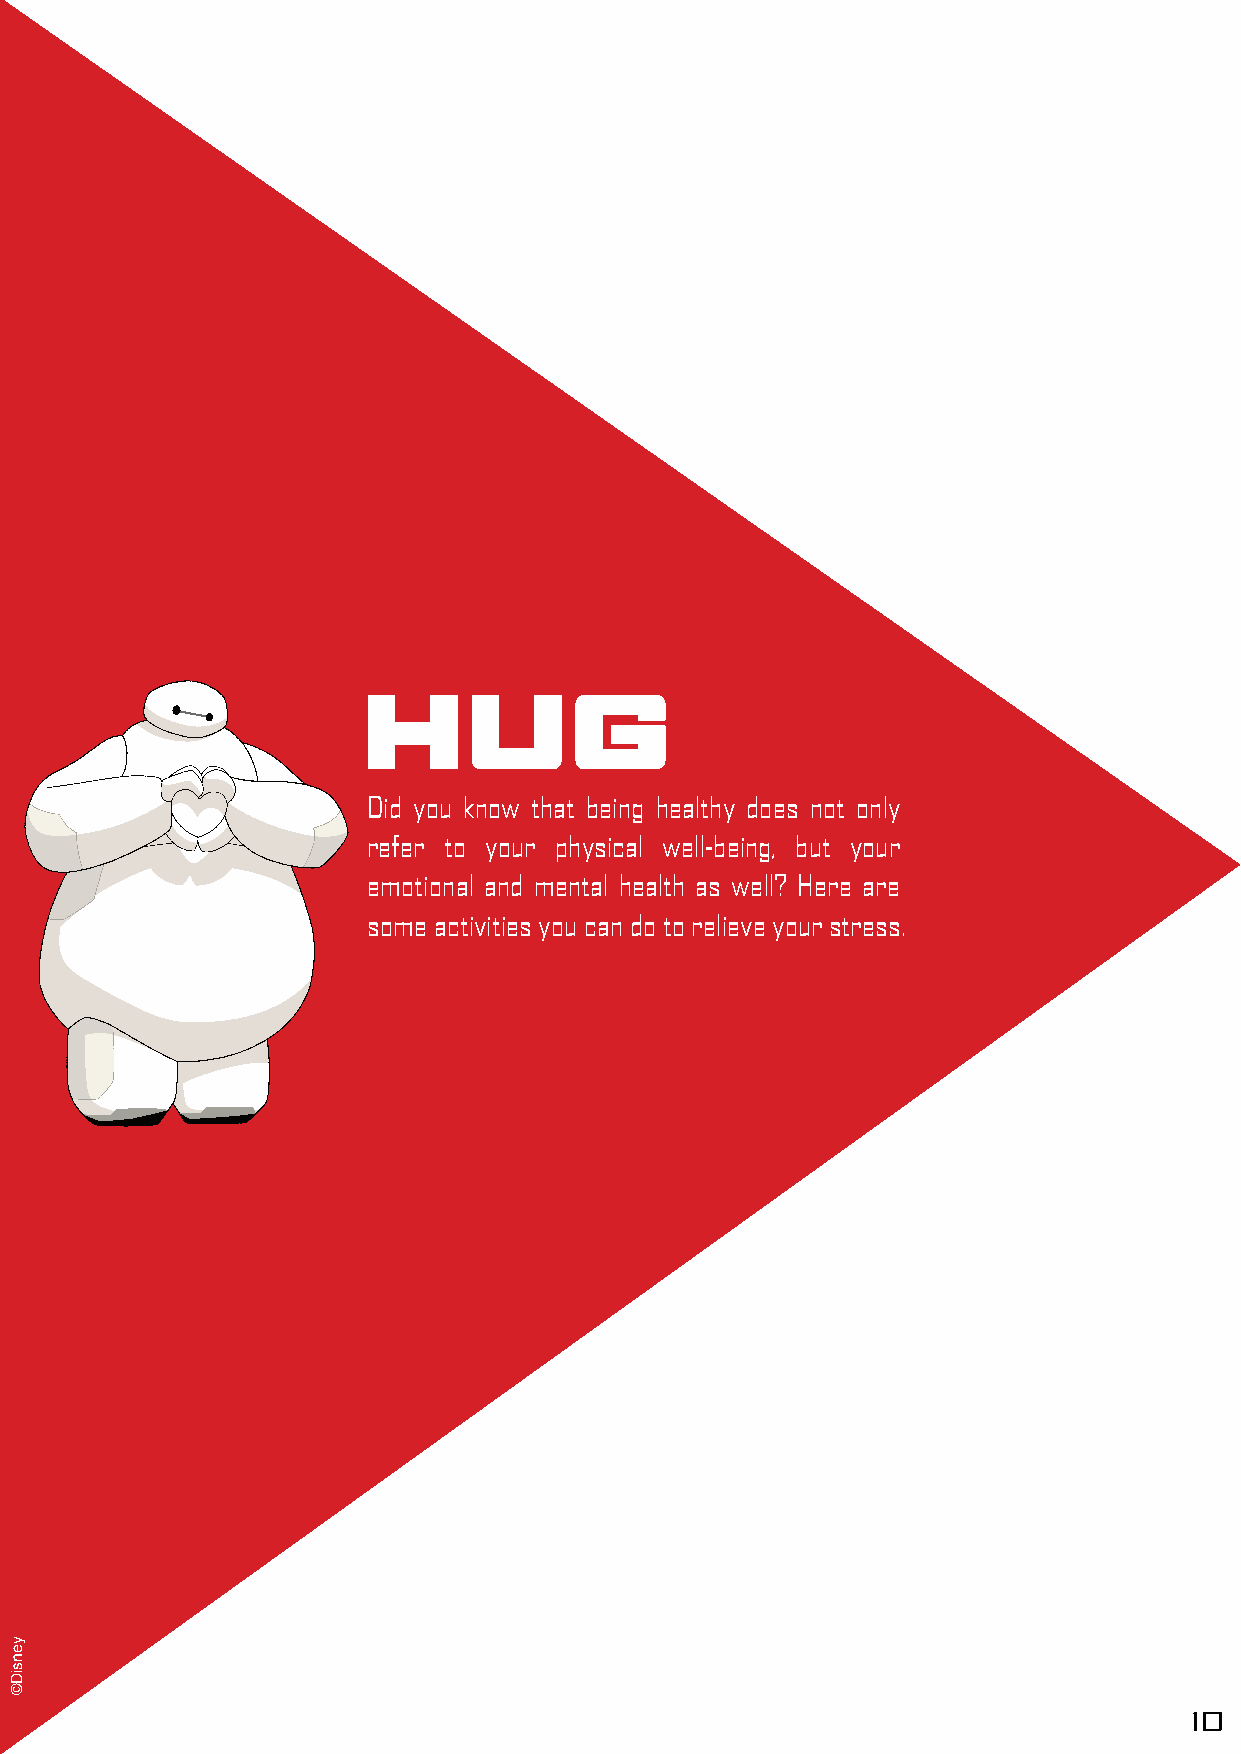
HUG
 Did you know that being healthy does not only
 refer to your physical well-being, but your
 emotional and mental health as well? Here are
 some activities you can do to relieve your stress.
 10
 yensiD©